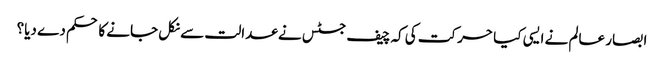
ابصار عالم نے ایسی کیا حرکت کی کہ چیف جسٹس نے عدالت سے نکل جانے کا حکم دے دیا؟